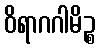
ဝိရာဂဂါမိဉ္စ